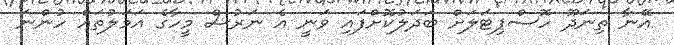
އޭނާ ތިނަދޫ ހޮސްޕިޓަލަށް ބަދަލުކޮށްފައި ވަނީ އެ ނަރުސް މީހާގެ އަމަލުތައް ހުންނަ